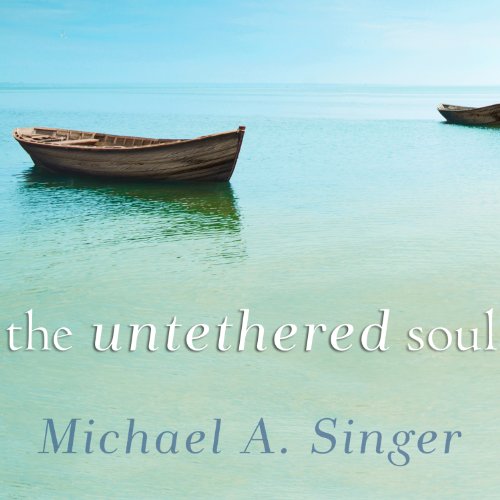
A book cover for The Untethered Soul: The Journey Beyond Yourself; Michael A. Singer; Medical Books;